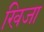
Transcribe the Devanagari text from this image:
खिजा